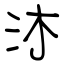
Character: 沐